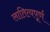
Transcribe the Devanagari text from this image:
लातित्यपूर्ण